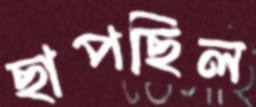
ছাপছিল